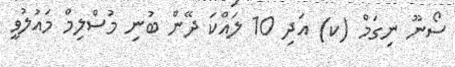
ސޯނޫ ނިގަމް (ކ) އަދި 10 ލައްކަ ދޭން ބުނި މުސްލިމް މައުލުވީ